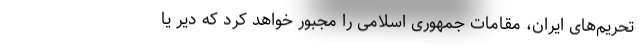
تحریم‌های ایران، مقامات جمهوری اسلامی را مجبور خواهد کرد که دیر یا